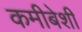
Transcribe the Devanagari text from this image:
कमीबेशी